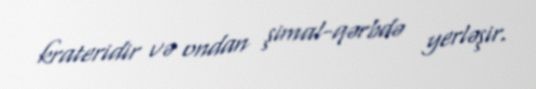
krateridir və ondan şimal-qərbdə yerləşir.